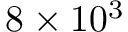
\mathrm { 8 \times 1 0 ^ { 3 } }